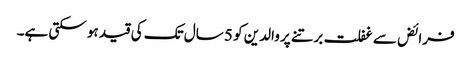
فرائض سے غفلت برتنے پر والدین کو 5 سال تک کی قید ہو سکتی ہے۔